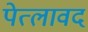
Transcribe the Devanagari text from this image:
पेत्लावद